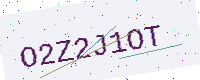
Text: O2Z2J1OT